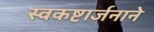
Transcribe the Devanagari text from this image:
स्वकष्टार्जनाने